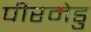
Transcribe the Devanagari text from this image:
पीरमेडु